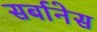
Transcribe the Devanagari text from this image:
सर्बानेस